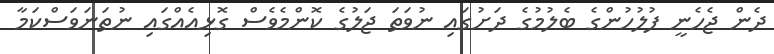
ދެން ޖެހެނީ ފުލުހުންގެ ބެލުމުގެ ދަށުގައި ނުވަތަ ޖަލުގެ ކޮންމެވެސް ގޮޅިއެއްގައި ނުތަނަވަސްކަމާ